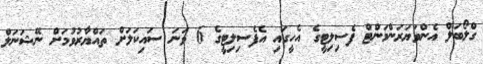
ގްލޯބަލް އެންވަޔަރަންމަންޓް ފެސިލިޓީގެ އެހީގައި އެފެސިލިޓީގެ 6 ވަނަ ސައިކަލަށް ތައްޔާރުވުމަށް ނޭޝަނަލް